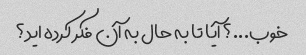
خوب...؟ آیا تا به حال به آن فکر کرده اید؟